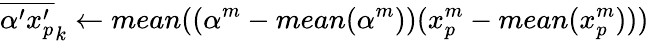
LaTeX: {\overline{{{\alpha^{\prime}}{x_{p}^{\prime}}}}}_{k}\gets mean((\alpha^{m}-mean(\alpha^{m}))(x_{p}^{m}-mean(x_{p}^{m})))